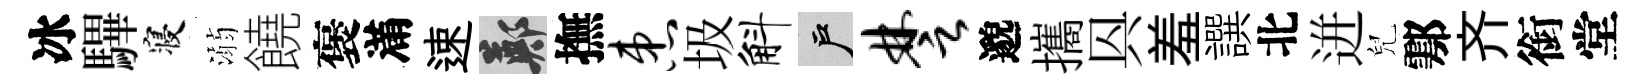
冰驆寝溺饒褒滿速鄭撫患圾斛户楚邈攜㒷羞譔北迸兒鄠齐銜堂